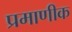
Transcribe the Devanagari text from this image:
प्रमाणीक